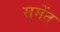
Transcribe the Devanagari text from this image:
समेंत